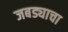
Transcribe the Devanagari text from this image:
जबड्याचा